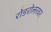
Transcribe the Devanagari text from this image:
रोडरोलरवर